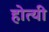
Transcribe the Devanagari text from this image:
होत्यी